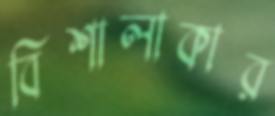
বিশালাকার